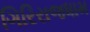
ગિરિરાજધામ